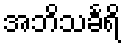
အဘိသင်္ခရိ